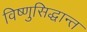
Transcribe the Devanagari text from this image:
विष्णुसिद्धान्त